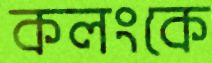
কলংকে